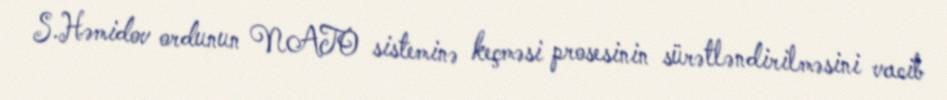
S.Həmidov ordunun NATO sisteminə keçməsi prosesinin sürətləndirilməsini vacib